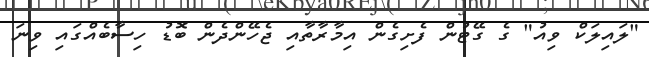
"ލައިލަކް ވިއު" ގެ ގޭޓުން ފެށިގެން އިމާރާތާއި ޖެހޭންދެން ބޮޑު ހިސާބެއްގައި ވިނަ